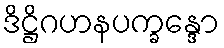
ဒိဋ္ဌိဂဟနပက္ခန္ဒော